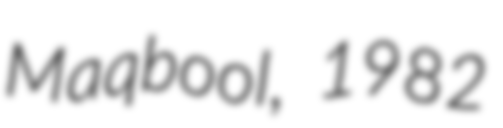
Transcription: Maqbool, 1982